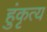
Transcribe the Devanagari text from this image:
हुंकृत्य